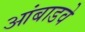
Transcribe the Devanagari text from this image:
आंबाडवे